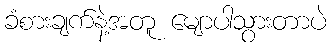
ခံစားချက်နဲ့အတူ မျောပါသွားတာပဲ